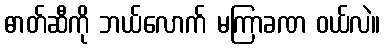
ဓာတ်ဆီကို ဘယ်လောက် မကြာခဏ ဝယ်လဲ။